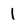
Character: 1